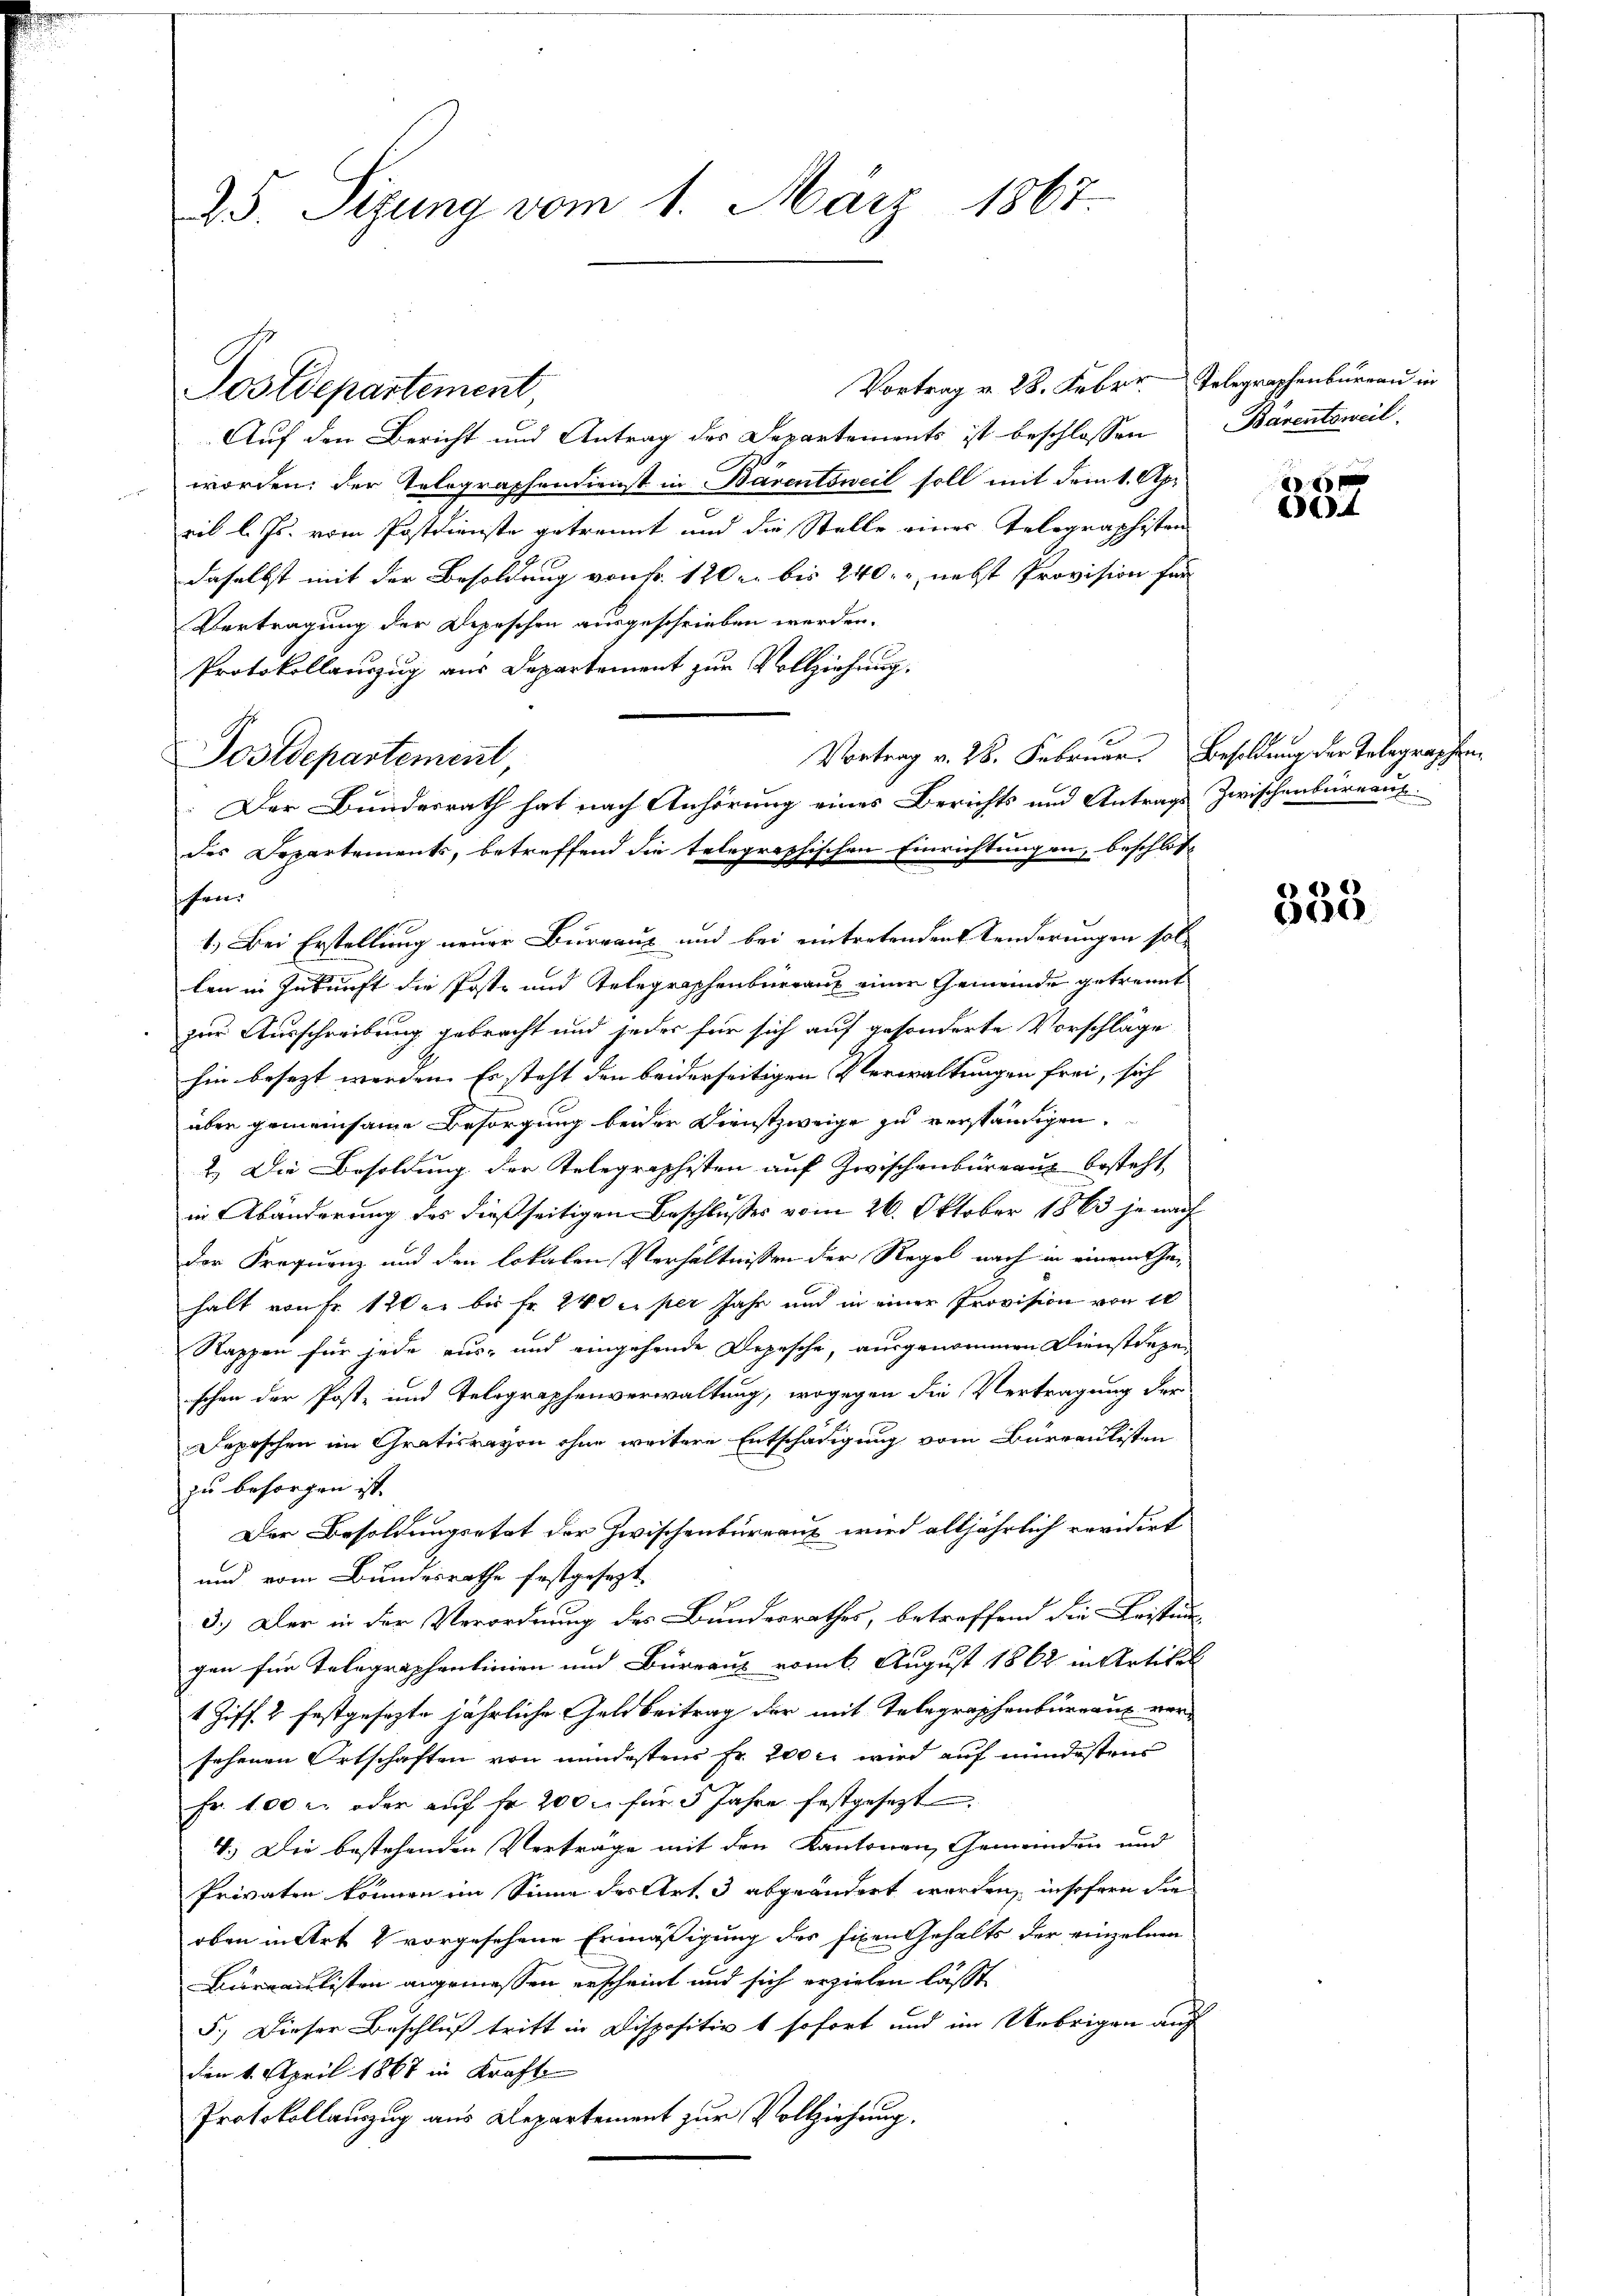
25. Sizung vom 1. März 1867.

Vortrag v. 28. Febr. Telegraphenbureau in
Auf den Bericht und Antrag des Departements ist beschlossen Bärentsweil
worden; der Telegraphendienst in Bärentsweil soll mit dem 1. Apr
ril l. Js. vom Postdienste getrennt und die Stelle einer Tolographisten
daselbst mit der Besoldung von Fr. 120 er bis 240. nebst Provision für
Vertragung der Depeschen ausgeschrieben werden.
Protokollauszug aus Departement zur Vollziehung.
Vortrag v. 28. Februar. Besoldung der Telegraphenhre
1.) Bei Erstellung neuer Burgaus und bei eintretenden Kinderungen sol-
len in Zukunft die Post- und Telegraphenburgaus einer Gemeinde getrennt
zur Ausschreibung gebracht und jeder für sich auf gesonderte Vorschläge
hin besezt werden. Es steht den beiderseitigen Verwaltungen frei, sich
e
über gemeinsame Besorgung beider Dienstzweige zu verständigen.
2.) Die Besoldung der Telegraphisten auf Zwischenburranz besteht,
in Abänderung des dießseitigen Beschlusses vom 26. Oktober 1863 je nach
der Frequenz und den lokalen Verhältnissen der Regel nach in einem Gehalt von Fr. 120 er bis Fr. 240 ei per Jahr und in einer Provision von er
Rappen für jede aus- und eingehende Depesche, ausgenommen Dienstragen
schen der Post- und Telegraphenverwaltung, wogegen die Vertragung der
Depeschen im Gratisrayon ohne weitere Entschädigung vom Bureaulisten
zu besorgen ist.
Der Besoldungsetat der Zwischenbüreaux wird alljährlich revidirt
und vom Bundesrathe festgesezt
3.) Der in der Verordnung des Bundesrathes, betreffend die Leistungen für Telegraphenlinien und Büreaus vom 6. August 1862 in Artikel
1 Ziff. 2 festgesezte jährliche Geldbeitrag der mit Telegraphenbureaus versehenen Ortschaften von mindestens Fr. 200 l. wird auf mindestens
Fr. 100 r. oder auf fr 200 l. für 5 Jahre festgesezt
4.) Die bestehenden Vertrage mit den Kantonen, Gemeinden und
Privaten können im Sinne der Art. 3 abgeändert worden, insofern die
oben in Art & vorgesehene Ermäßigung des fixen Gehalts der einzelnen
Cureaulisten angemessen erscheint und sich erzielen lässt,
5.) Dieser Beschluß tritt in Dispositiv t sofort und im Uebrigen auf
den 1. April 1867 in Kraft
Protokollauszug aus Departement zur Vollziehung.

Postdepartement

Postdepartement,
Der Bundesrath hat nach Anhörung eines Berichts und Antrags Zwischenbüreaus
des Departements, betreffend die telegraphischen Einrichtungen, beschlos¬

387

e) 2)
6